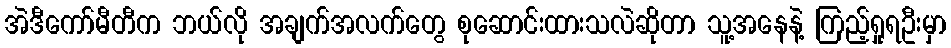
အဲဒီကော်မီတီက ဘယ်လို အချက်အလက်တွေ စုဆောင်းထားသလဲဆိုတာ သူ့အနေနဲ့ ကြည့်ရှုရဦးမှာ